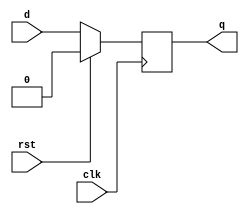
module synchronous_reset_flip_flop(
    input wire clk,
    input wire rst,
    input wire d,
    output reg q
);

always @(posedge clk) begin
    if (rst) begin
        q <= 1'b0; // reset the flip-flop
    end else begin
        q <= d; // store the D input in the flip-flop
    end
end

endmodule